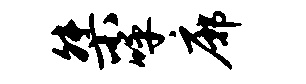
桀呼廓